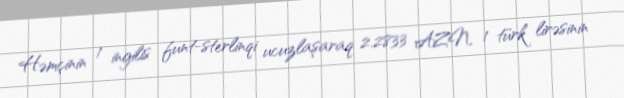
Həmçinin 1 ingilis funt-sterlinqi ucuzlaşaraq 2.2833 AZN, 1 türk lirəsinin